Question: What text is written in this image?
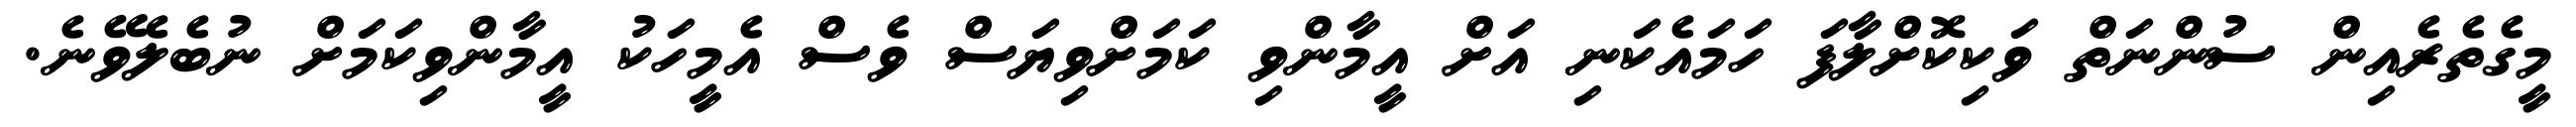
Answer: މީގެތެރެއިން ސުންނަތް ވަކިކޮށްލާފަ ހަމައެކަނި އަށް އީމާންވި ކަމަށްވިޔަސް ވެސް އެމީހަކު އީމާންވިކަމަށް ނުބެލެވޭނެ.